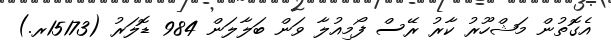
އެގޮތުން މަޝްހޫރު ކާރު ރޭސް ފޯމިއުލާ ވަން ބަލާލަން 984 ޑޮލަރު (15173ރ.)